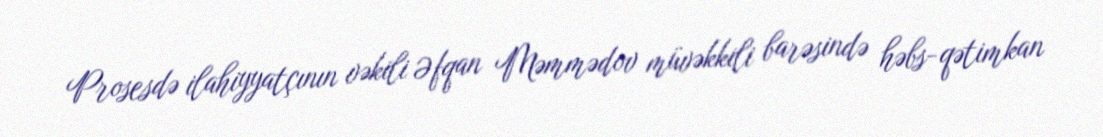
Prosesdə ilahiyyatçının vəkili Əfqan Məmmədov müvəkkili barəsində həbs-qətimkan